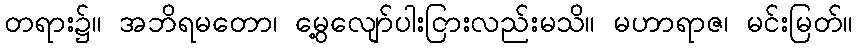
တရား၌။ အဘိရမတော၊ မွေ့လျော်ပါးငြားလည်းမသိ။ မဟာရာဇ၊ မင်းမြတ်။